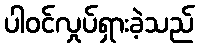
ပါဝင်လှုပ်ရှားခဲ့သည်